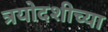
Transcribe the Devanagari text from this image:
त्रयोदशीच्या